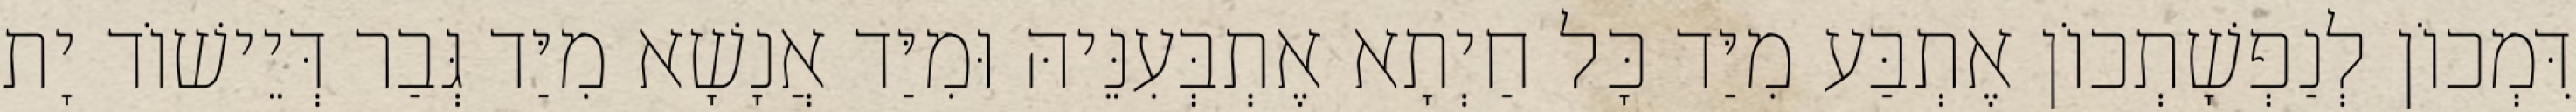
דִּמְכוֹן לְנַפְשָׁתְכוֹן אֶתְבַּע מִיַּד כָּל חַיְתָא אֶתְבְּעִנֵּיהּ וּמִיַּד אֲנָשָׁא מִיַּד גְּבַר דְּיֵישׁוֹד יָת